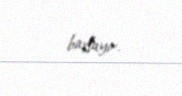
başlayır.